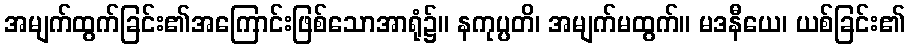
အမျက်ထွက်ခြင်း၏အကြောင်းဖြစ်သောအာရုံ၌။ နကုပ္ပတိ၊ အမျက်မထွက်။ မဒနီယေ၊ ယစ်ခြင်း၏